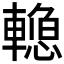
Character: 𰹣